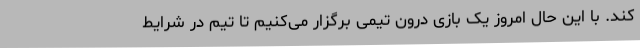
کند. با این حال امروز یک بازی درون تیمی برگزار می‌کنیم تا تیم در شرایط